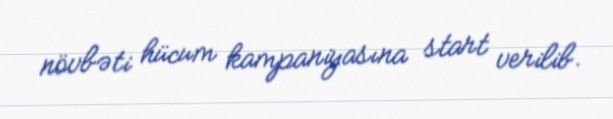
növbəti hücum kampaniyasına start verilib.